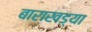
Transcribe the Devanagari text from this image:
बाराखड्या